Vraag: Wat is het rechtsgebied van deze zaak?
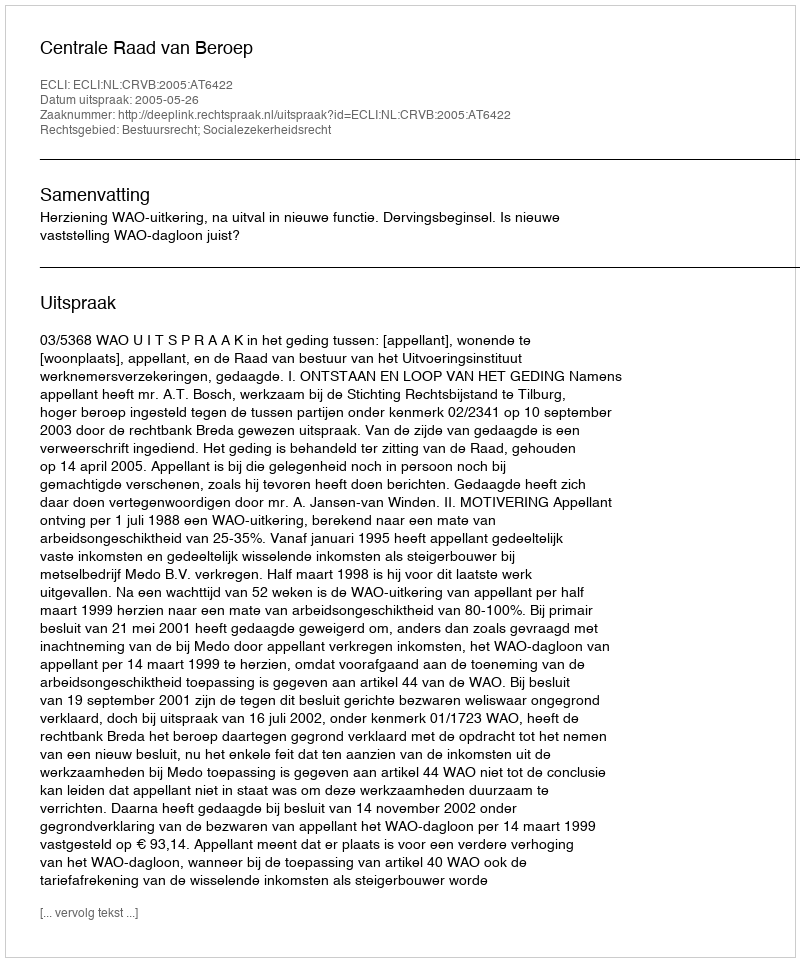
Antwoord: Bestuursrecht; Socialezekerheidsrecht